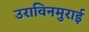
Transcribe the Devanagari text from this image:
उराविनमुराई